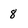
Character: 8